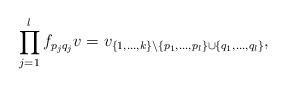
LaTeX: \begin{align*}\prod_{j=1}^l f_{p_jq_j}v=v_{\{1, \dots,k\}\backslash\{p_1,\dots, p_l\}\cup\{q_1,\dots, q_l\}},\end{align*}